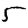
Digit: 5